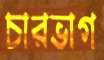
চারভাগ